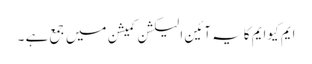
ایم کیوایم کایہ آئین الیکشن کمیشن میں جمع ہے ۔